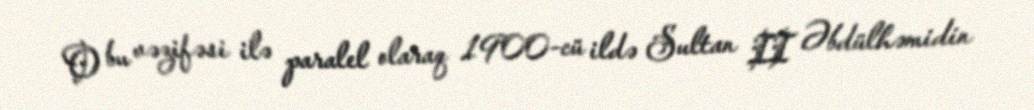
O bu vəzifəsi ilə paralel olaraq 1900-cü ildə Sultan II Əbdülhəmidin